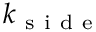
k _ { \mathrm { ~ s ~ i ~ d ~ e ~ } }